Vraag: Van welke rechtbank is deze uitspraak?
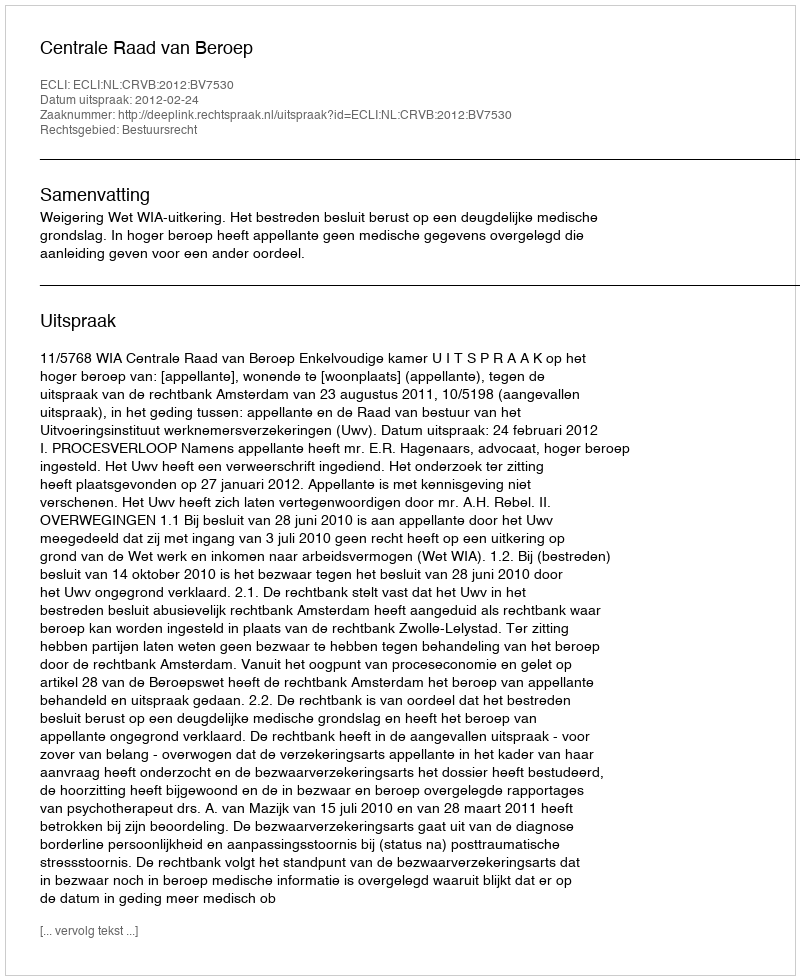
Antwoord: Centrale Raad van Beroep